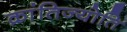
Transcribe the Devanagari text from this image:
क्रांतिज्योति